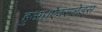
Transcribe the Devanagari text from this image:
हुआ।ऐवरग्लेड्स